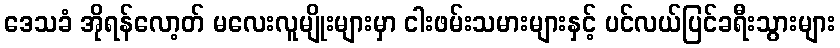
ဒေသခံ အိုရန်လော့တ် မလေးလူမျိုးများမှာ ငါးဖမ်းသမားများနှင့် ပင်လယ်ပြင်ခရီးသွားများ